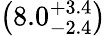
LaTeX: \left(8.0_{-2.4}^{+3.4}\right)